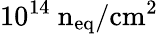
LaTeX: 10^{14}~\mathrm{n_{eq}/cm^{2}}